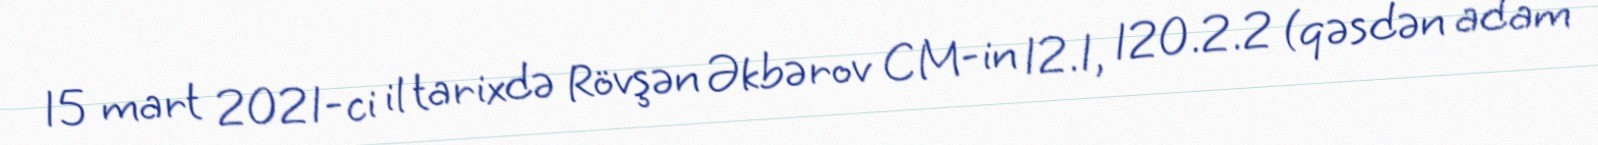
15 mart 2021-ci il tarixdə Rövşən Əkbərov CM-in 12.1, 120.2.2 (qəsdən adam